Leningradi_Edasi_toimetus, lk 176
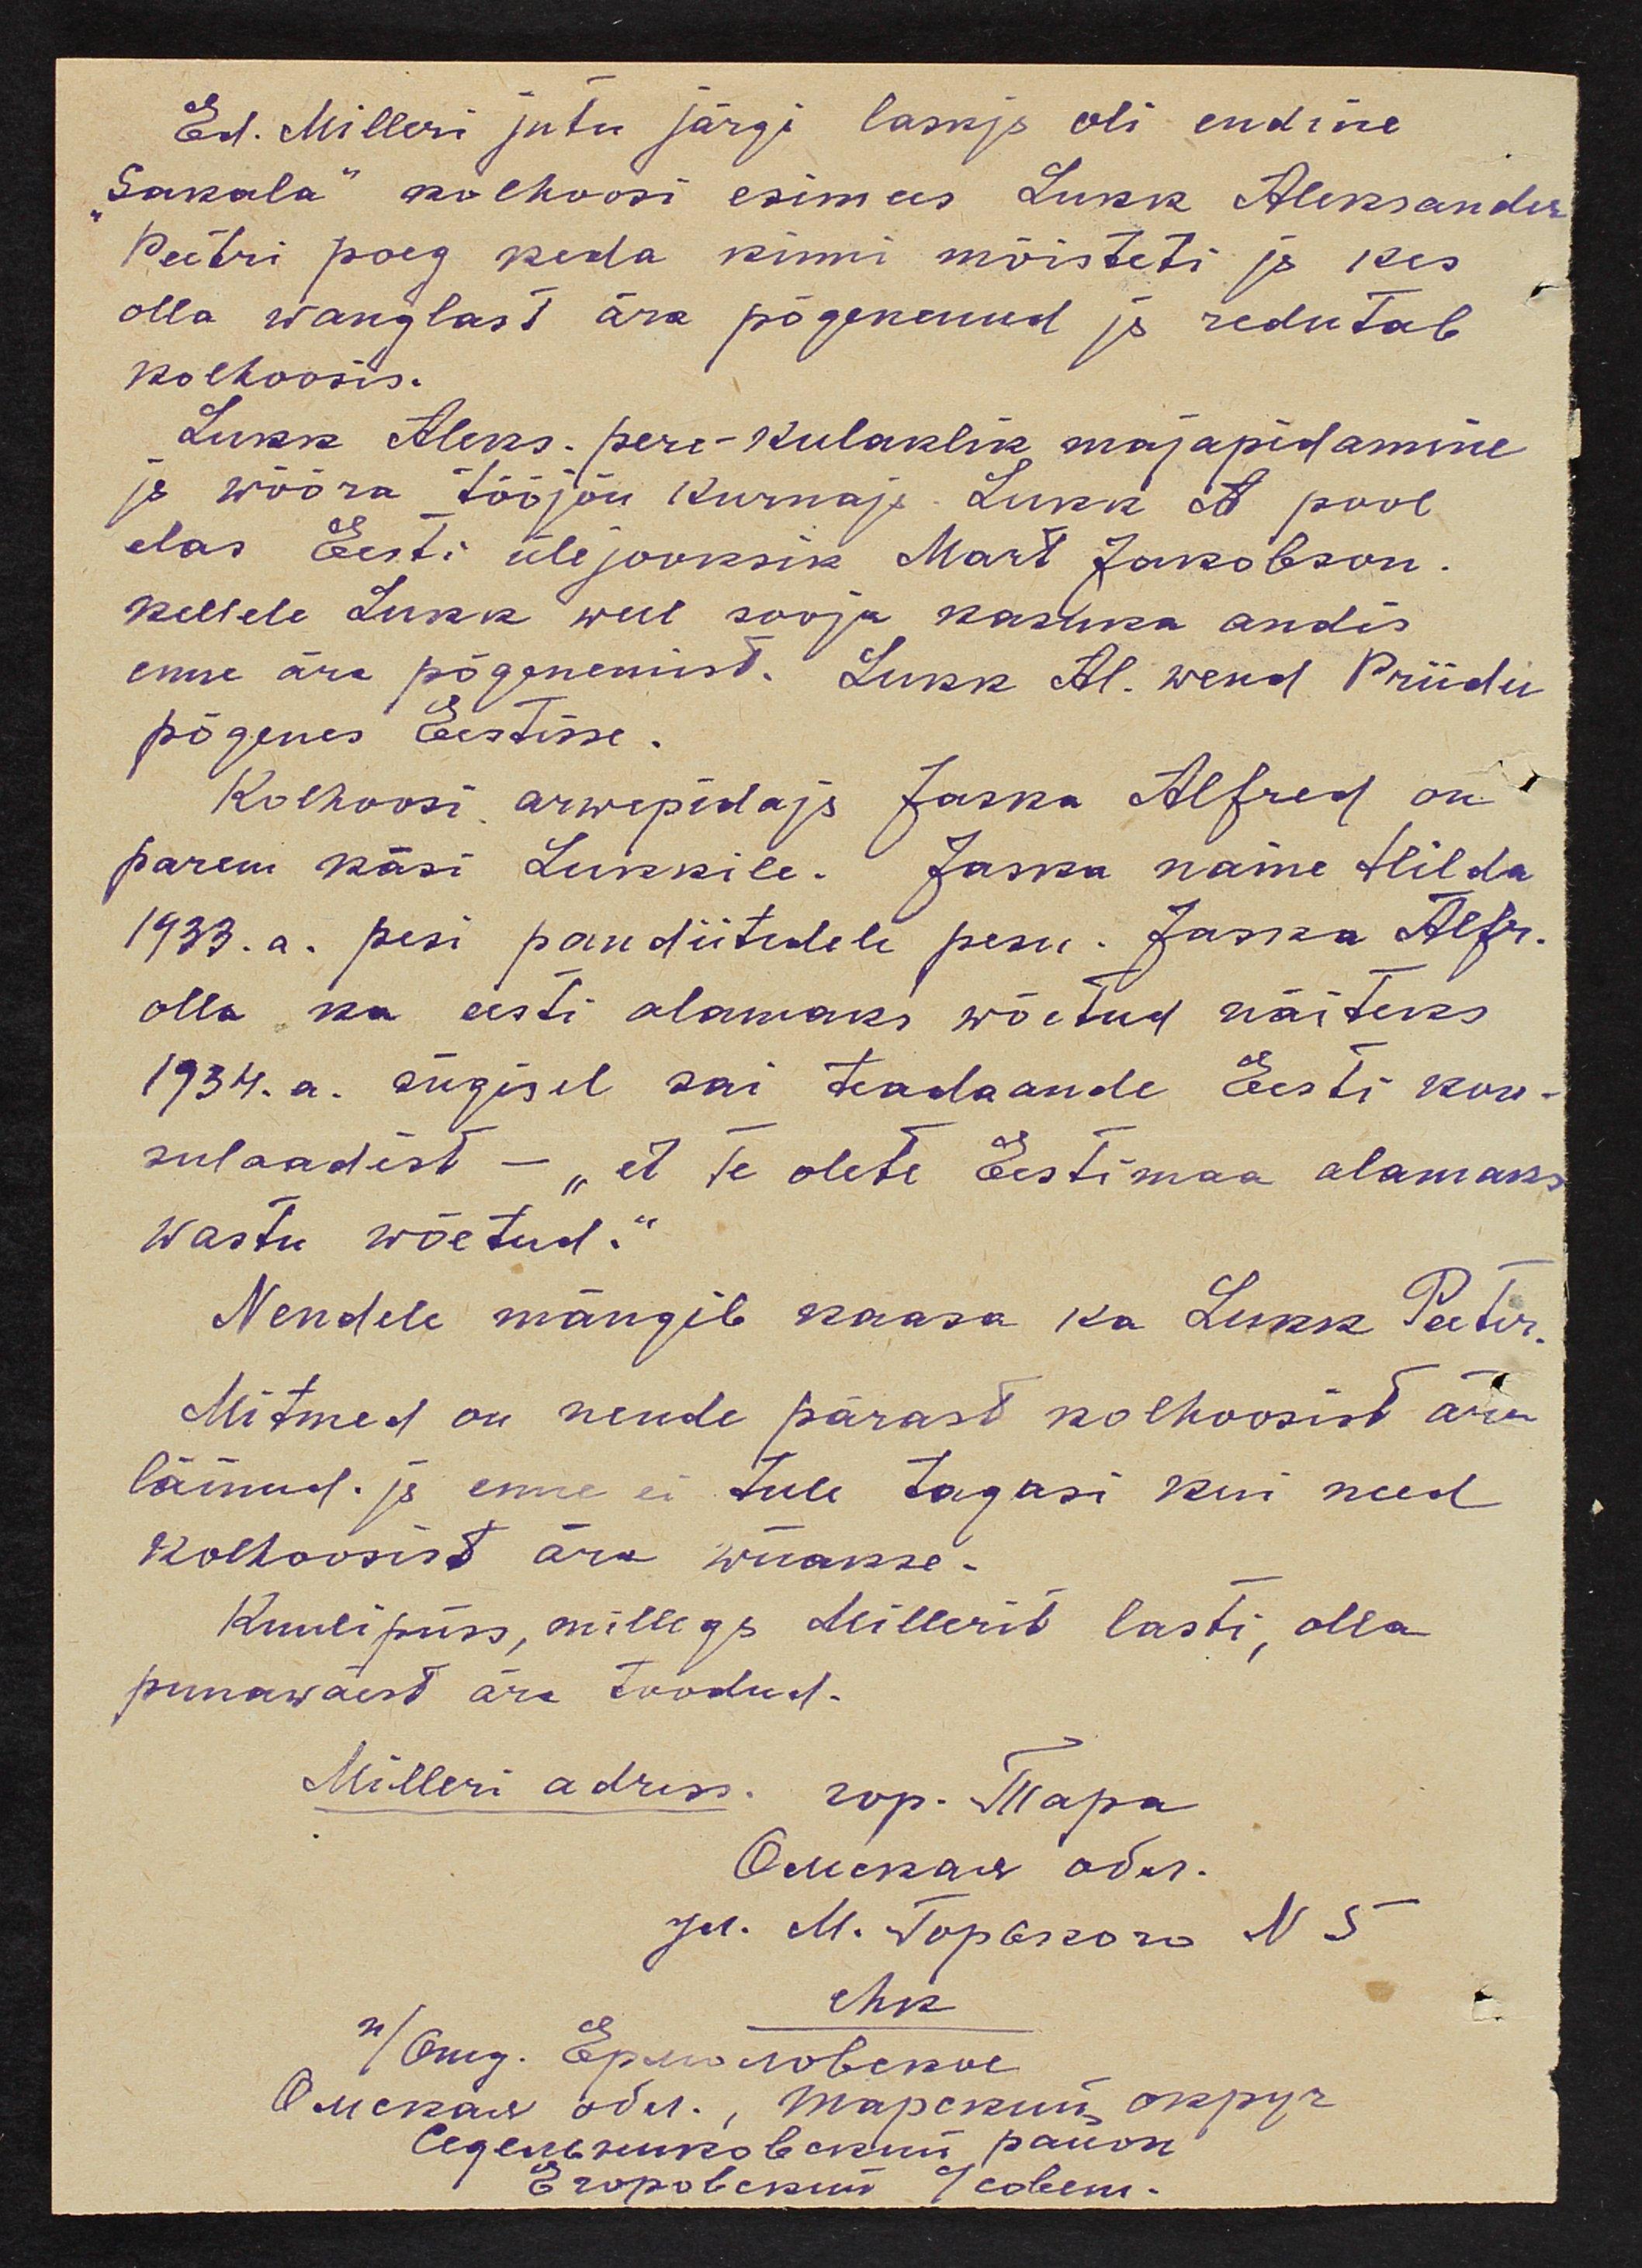
Ed. Milleri jutu järgi laskja oli endine
Sakala" kolhoosi esimees Lukk Aleksander
Peetri poeg keda kinni mõisteti ja kes
olla wanglast ära põgenenud ja redutab
kolhoosis.
Lukk Aleks. pere-kulaklik majapidamine
ja wõõra tööjõu kurnaja Lukk et pool
elas Eesti ülejooksik Mart Jakobson.
kellele Lukk weel sooja kasuks andis
enne ära põgenemist. Lukk Al. wend Priidu
põgenes Eestisse.
Kolhoosi arwepidaja Jaska Alfred on
parem käsi Lukkile. Jaska naine Hilda
1933. a. pesi pandiitidele pesu. Jaska Alfr.
olla ka eesti alamaks wõetud näiteks
1934. a. sügisel sai teadaande Eesti kon-
sulaadist - "et te olete Eestimaa alamaks
wastu wõetud.“
Nendele mängib kaasa ka Lukk Peeter.
Mitmed on nende pärast kolhoosist ära
läinud. ja enne ei tule tagasi kui need
kolhoosist ära wiiakse-
Kuulipüss, millega Millerit lasti, olla
punawäest ära toodud.
Mölleri adress rop. Maapa
ehk